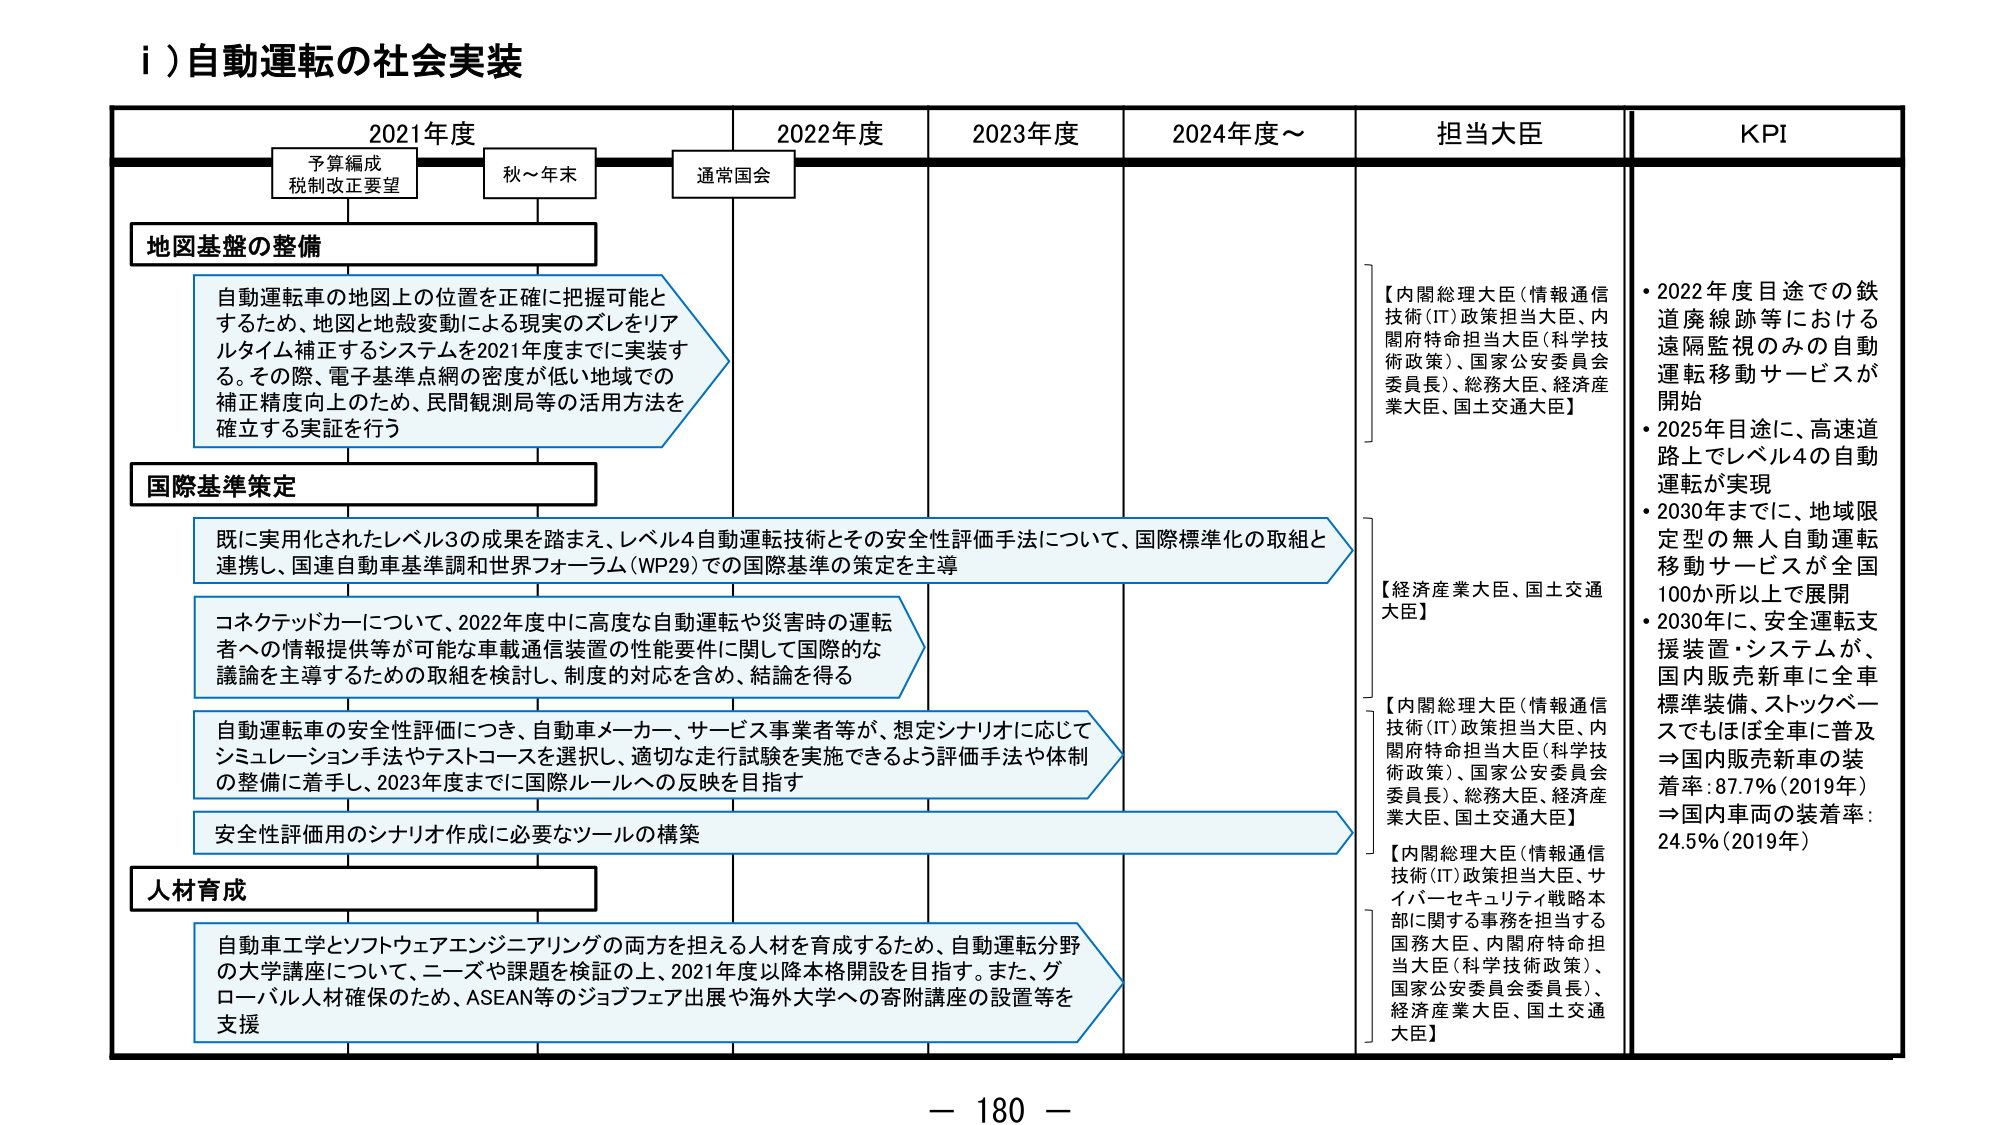
i) 自動運転の社会実装

2021年度　　　　　2022年度　　　　　2023年度　　　　　2024年度～　　　　　担当大臣　　　　　KPI

予算編成